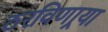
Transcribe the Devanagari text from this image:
ठरविणार्‍या